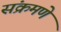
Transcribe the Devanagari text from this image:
संक्रमणे